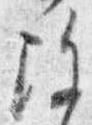
除